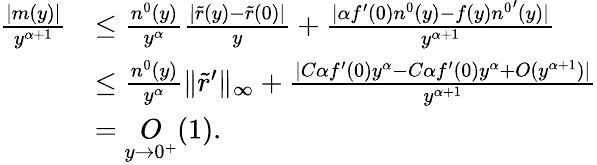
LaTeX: \begin{array}{rl}{\frac{\lvert m(y)\rvert}{y^{\alpha+1}}}&{\leq\frac{n^{0}(y)}{y^{\alpha}}\frac{\lvert\tilde{r}(y)-\tilde{r}(0)\rvert}{y}+\frac{\lvert\alpha f^{\prime}(0)n^{0}(y)-f(y){n^{0}}^{\prime}(y)\rvert}{y^{\alpha+1}}}\\ &{\leq\frac{n^{0}(y)}{y^{\alpha}}\lVert{\tilde{r}}^{\prime}\rVert_{\infty}+\frac{\lvert C\alpha f^{\prime}(0)y^{\alpha}-C\alpha f^{\prime}(0)y^{\alpha}+O(y^{\alpha+1})\rvert}{y^{\alpha+1}}}\\ &{=\underset{y\to 0^{+}}{O}(1).}\end{array}